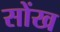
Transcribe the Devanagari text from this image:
सोंख